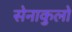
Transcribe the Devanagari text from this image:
सेनाकुलो